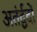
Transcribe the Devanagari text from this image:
अतंर्द्वदों